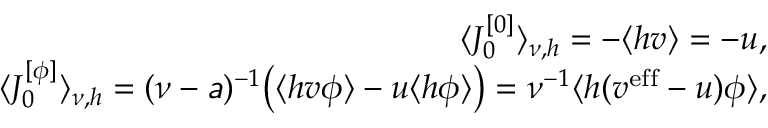
\begin{array} { r l r } & { } & { \langle J _ { 0 } ^ { [ 0 ] } \rangle _ { \nu , h } = - \langle h v \rangle = - u , } \\ & { } & { \langle J _ { 0 } ^ { [ \phi ] } \rangle _ { \nu , h } = ( \nu - \mathsfit { a } ) ^ { - 1 } \big ( \langle h v \phi \rangle - u \langle h \phi \rangle \big ) = \nu ^ { - 1 } \langle h ( v ^ { \mathrm { e f f } } - u ) \phi \rangle , } \end{array}